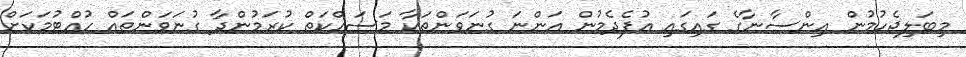
މިބަލިޖެހުމުން އިންސާނާގެ ގައިގައި އުފެދެމުން އަންނަ ގުނަވަންތަކާ މަސައްކަތް ކުރަމުންދާ ގުނަވަންތައް ހުއްޓުމަކަށް